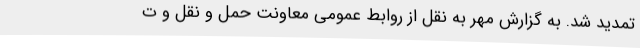
تمدید شد. به گزارش مهر به نقل از روابط عمومی معاونت حمل و نقل و ت